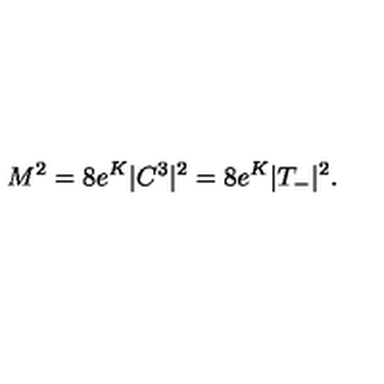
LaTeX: M ^ { 2 } = 8 e ^ { K } | C ^ { 3 } | ^ { 2 } = 8 e ^ { K } | T _ { - } | ^ { 2 } .